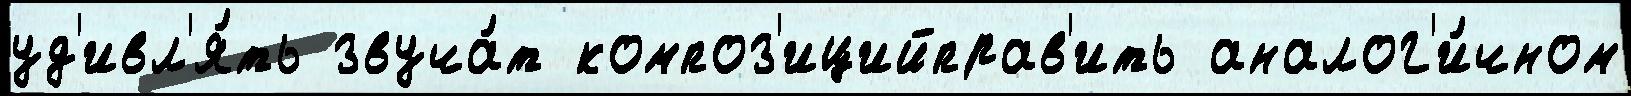
уд'ивл'я́ть звуча́т композ'ицийправ'ить аналог'и́чном